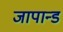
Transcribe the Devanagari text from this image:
जापान्ड